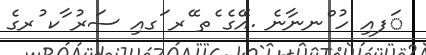
ަފއި ހު ްނނާނެ .އޭގެ ެތ ޭރ ަގއި ސަރު ާކ ުރގެ